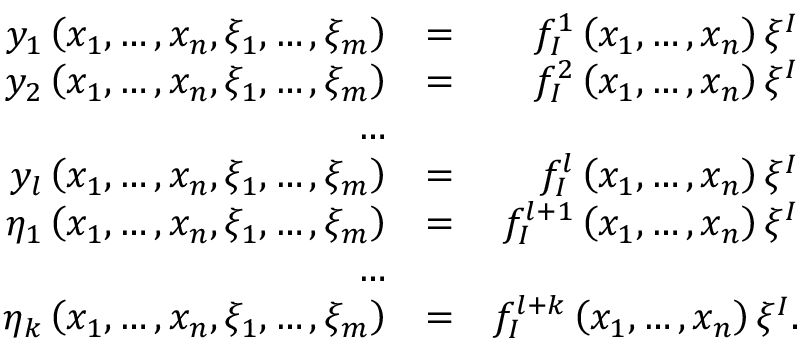
\begin{array} { r l r } { y _ { 1 } \left( x _ { 1 } , \ldots , x _ { n } , \xi _ { 1 } , \ldots , \xi _ { m } \right) } & { = } & { f _ { I } ^ { 1 } \left( x _ { 1 } , \ldots , x _ { n } \right) \xi ^ { I } } \\ { y _ { 2 } \left( x _ { 1 } , \ldots , x _ { n } , \xi _ { 1 } , \ldots , \xi _ { m } \right) } & { = } & { f _ { I } ^ { 2 } \left( x _ { 1 } , \ldots , x _ { n } \right) \xi ^ { I } } \\ { \ldots } & { } & \\ { y _ { l } \left( x _ { 1 } , \ldots , x _ { n } , \xi _ { 1 } , \ldots , \xi _ { m } \right) } & { = } & { f _ { I } ^ { l } \left( x _ { 1 } , \ldots , x _ { n } \right) \xi ^ { I } } \\ { \eta _ { 1 } \left( x _ { 1 } , \ldots , x _ { n } , \xi _ { 1 } , \ldots , \xi _ { m } \right) } & { = } & { f _ { I } ^ { l + 1 } \left( x _ { 1 } , \ldots , x _ { n } \right) \xi ^ { I } } \\ { \ldots } & { } & \\ { \eta _ { k } \left( x _ { 1 } , \ldots , x _ { n } , \xi _ { 1 } , \ldots , \xi _ { m } \right) } & { = } & { f _ { I } ^ { l + k } \left( x _ { 1 } , \ldots , x _ { n } \right) \xi ^ { I } . } \end{array}